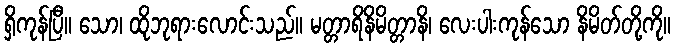
ရှိကုန်ပြီ။ သော၊ ထိုဘုရားလောင်းသည်။ မတ္တာရိနိမိတ္တာနိ၊ လေးပါးကုန်သော နိမိတ်တို့ကို။